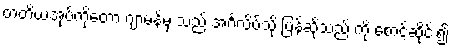
တတိယအုပ်ကိုတော့ ဂျာမန်မှ သည် အင်္ဂလိပ်သို့ ပြန်ဆိုသည် ကို စောင့်ဆိုင်း၍